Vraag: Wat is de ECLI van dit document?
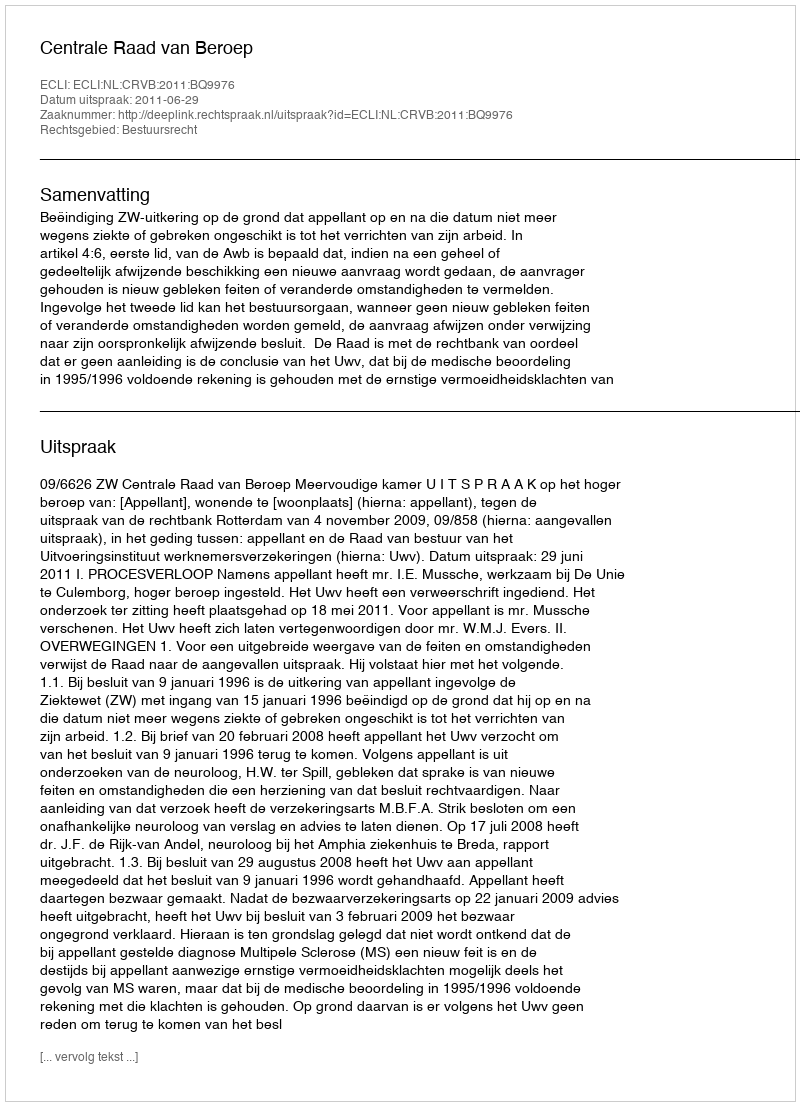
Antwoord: ECLI:NL:CRVB:2011:BQ9976